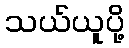
သယ်ယူပို့